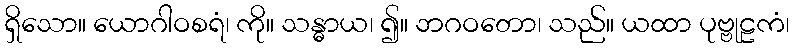
ရှိသော။ ယောဂါဝစရံ၊ ကို။ သန္ဓာယ၊ ၍။ ဘဂဝတော၊ သည်။ ယထာ ပုဗ္ဗုဠကံ၊